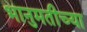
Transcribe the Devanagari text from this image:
भानुमतीच्या